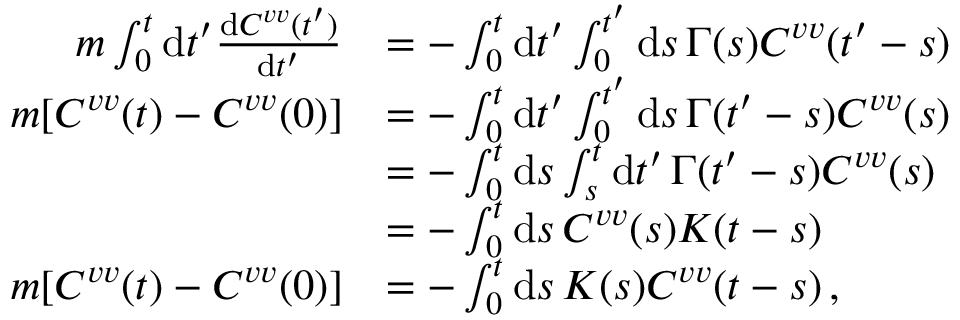
\begin{array} { r l } { m \int _ { 0 } ^ { t } \mathrm { d } t ^ { \prime } \frac { \mathrm { d } C ^ { v v } ( t ^ { \prime } ) } { \mathrm { d } t ^ { \prime } } } & { = - \int _ { 0 } ^ { t } \mathrm { d } t ^ { \prime } \int _ { 0 } ^ { t ^ { \prime } } \mathrm { d } s \, \Gamma ( s ) C ^ { v v } ( t ^ { \prime } - s ) } \\ { m [ C ^ { v v } ( t ) - C ^ { v v } ( 0 ) ] } & { = - \int _ { 0 } ^ { t } \mathrm { d } t ^ { \prime } \int _ { 0 } ^ { t ^ { \prime } } \mathrm { d } s \, \Gamma ( t ^ { \prime } - s ) C ^ { v v } ( s ) } \\ & { = - \int _ { 0 } ^ { t } \mathrm { d } s \int _ { s } ^ { t } \mathrm { d } t ^ { \prime } \, \Gamma ( t ^ { \prime } - s ) C ^ { v v } ( s ) } \\ & { = - \int _ { 0 } ^ { t } \mathrm { d } s \, C ^ { v v } ( s ) K ( t - s ) } \\ { m [ C ^ { v v } ( t ) - C ^ { v v } ( 0 ) ] } & { = - \int _ { 0 } ^ { t } \mathrm { d } s \, K ( s ) C ^ { v v } ( t - s ) \, , } \end{array}